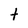
Character: t